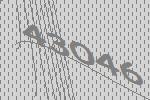
43046